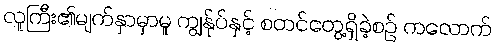
လူကြီး၏မျက်နှာမှာမူ ကျွန်ုပ်နှင့် စတင်တွေ့ရှိခဲ့စဉ် ကလောက်